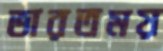
ভারতময়